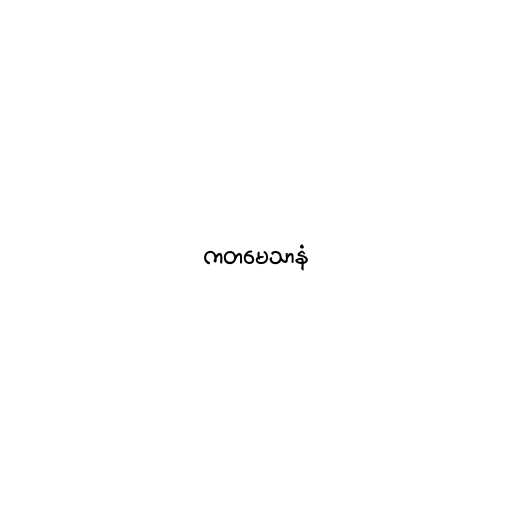
ကတမေသာနံ